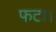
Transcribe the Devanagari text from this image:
फटा।